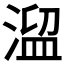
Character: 𣹃